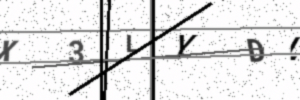
Text: X3LYDL